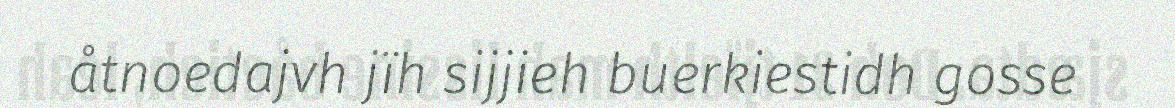
åtnoedajvh jïh sijjieh buerkiestidh gosse